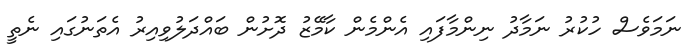
ނަމަވެސް ހުކުރު ނަމާދު ނިންމާފައި އެންމެން ކާމޭޒު ދޮށުން ބައްދަލުވިއިރު އެތަނުގައި ނެތީ